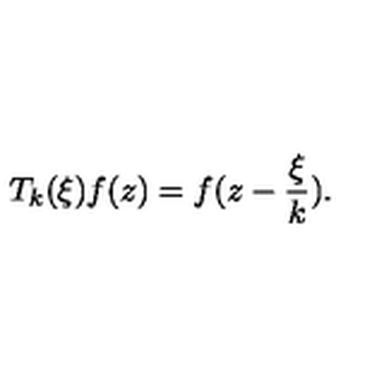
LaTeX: T _ { k } ( \xi ) f ( z ) = f ( z - \frac { \xi } { k } ) .